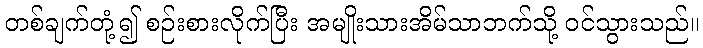
တစ်ချက်တုံ့၍ စဉ်းစားလိုက်ပြီး အမျိုးသားအိမ်သာဘက်သို့ ဝင်သွားသည်။